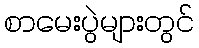
စာမေးပွဲများတွင်